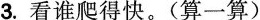
3.看谁爬得快。（算一算）